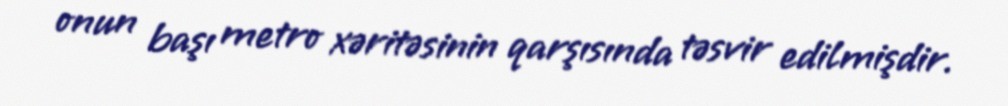
onun başı metro xəritəsinin qarşısında təsvir edilmişdir.